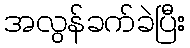
အလွန်ခက်ခဲပြီး